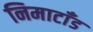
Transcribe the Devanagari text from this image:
निमाटाँड